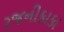
રજનીકાકા